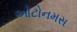
ઓટોનમસ